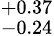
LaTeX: ^{+0.37}_{-0.24}